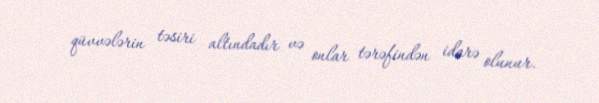
qüvvələrin təsiri altındadır və onlar tərəfindən idarə olunur.